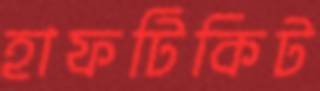
হাফটিকিট